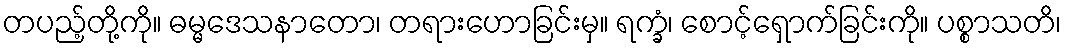
တပည့်တို့ကို။ ဓမ္မဒေသနာတော၊ တရားဟောခြင်းမှ။ ရက္ခံ၊ စောင့်ရှောက်ခြင်းကို။ ပစ္စာသတိ၊